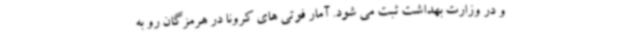
و در وزارت بهداشت ثبت می شود. آمار فوتی های کرونا در هرمزگان رو به